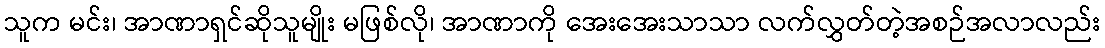
သူက မင်း၊ အာဏာရှင်ဆိုသူမျိုး မဖြစ်လို၊ အာဏာကို အေးအေးသာသာ လက်လွှတ်တဲ့အစဉ်အလာလည်း